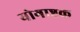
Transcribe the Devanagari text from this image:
योगाष्टक